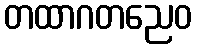
တထာဂတညေဝ